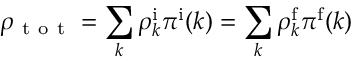
\rho _ { \mathrm { ~ t ~ o ~ t ~ } } = \sum _ { k } \rho _ { k } ^ { \mathrm i } \pi ^ { \mathrm i } ( k ) = \sum _ { k } \rho _ { k } ^ { \mathrm f } \pi ^ { \mathrm f } ( k )